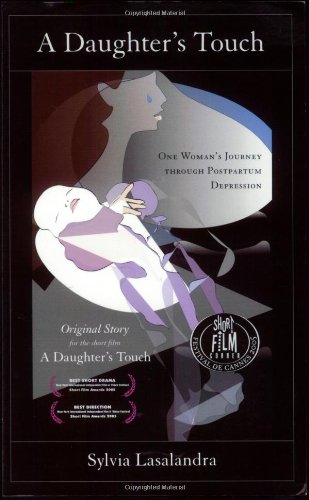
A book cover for A Daughter's Touch: One Woman's Journey through Postpartum Depression; Sylvia Lasalandra; Health, Fitness & Dieting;